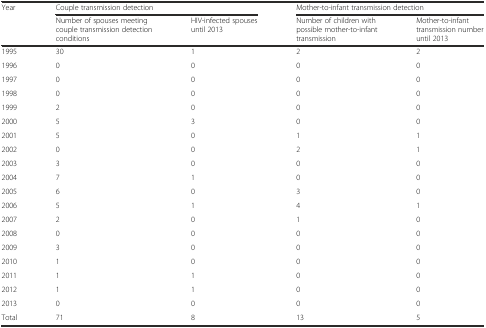
| <ROWSPAN=2> Year | <COLSPAN=2> Couple transmission detection | <COLSPAN=2> Mother-to-infant transmission detection |
 | Number of spouses meeting couple transmission detection conditions | HIV-infected spouses until 2013 | Number of children with possible mother-to-infant transmission | Mother-to-infant transmission number until 2013 |
 | --- | --- | --- | --- | --- |
 | 1995 | 30 | 1 | 2 | 2 |
 | 1996 | 0 | 0 | 0 | 0 |
 | 1997 | 0 | 0 | 0 | 0 |
 | 1998 | 0 | 0 | 0 | 0 |
 | 1999 | 2 | 0 | 0 | 0 |
 | 2000 | 5 | 3 | 0 | 0 |
 | 2001 | 5 | 0 | 1 | 1 |
 | 2002 | 0 | 0 | 2 | 1 |
 | 2003 | 3 | 0 | 0 | 0 |
 | 2004 | 7 | 1 | 0 | 0 |
 | 2005 | 6 | 0 | 3 | 0 |
 | 2006 | 5 | 1 | 4 | 1 |
 | 2007 | 2 | 0 | 1 | 0 |
 | 2008 | 0 | 0 | 0 | 0 |
 | 2009 | 3 | 0 | 0 | 0 |
 | 2010 | 1 | 0 | 0 | 0 |
 | 2011 | 1 | 1 | 0 | 0 |
 | 2012 | 1 | 1 | 0 | 0 |
 | 2013 | 0 | 0 | 0 | 0 |
 | Total | 71 | 8 | 13 | 5 |